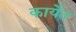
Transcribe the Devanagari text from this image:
कार्येत